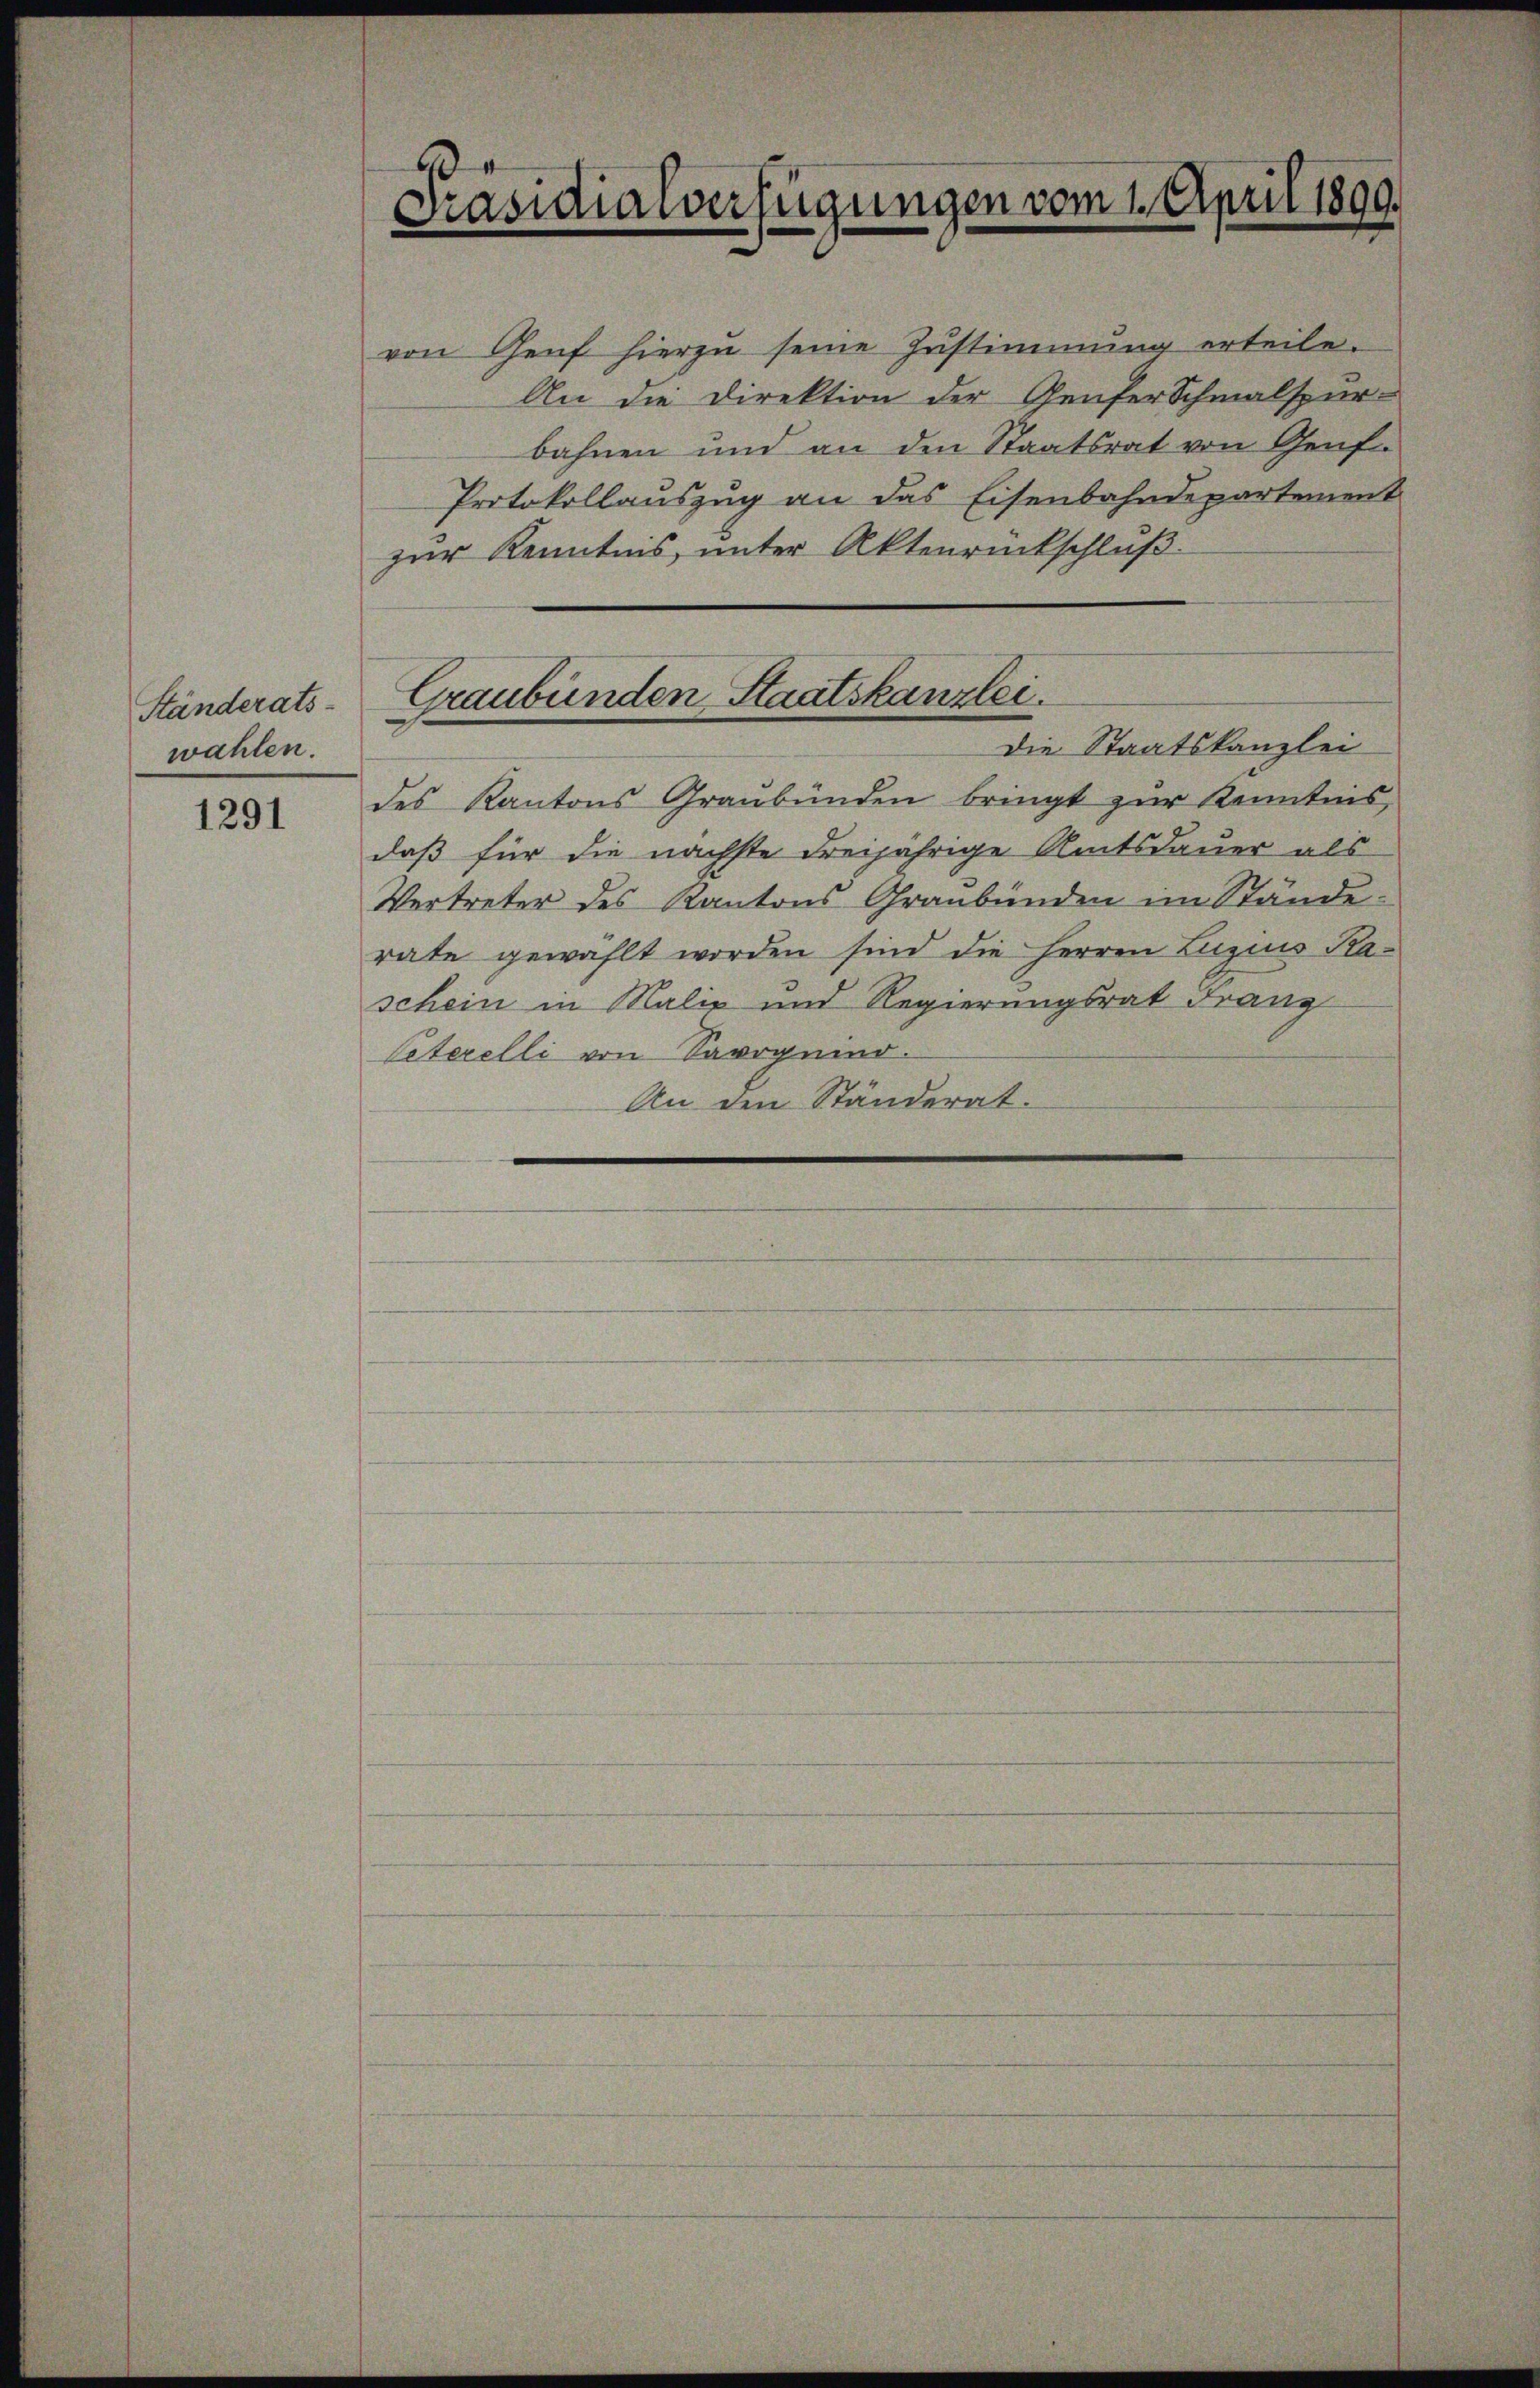
Ständerats-
wahlen.

1291

E
Präsidialverfügungen vom 1. April 1899.

von Genf hierzu seine Zustimmung erteile.
An die Direktion der Genfer Schmalspur-
bahnen und an den Staatsrat von Genf.
Protokollauszug an das Eisenbahndepartement
zur Kenntnis, unter Aktenrückschluß
des Kantons Graubünden bringt zur Kenntnis,
daß für die nächste dreijährige Amtsdauer als
Vertreter des Kantons Graubünden im Stände
rate gewählt worden sind die Herren Luzius Kaschein in Malie und Regierungsrat Franz
Peterelli von Savoguend.
An den Ständerat.

Graubünden Staatskanzlei.
Die Staatskanzlei